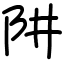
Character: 阱